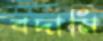
বদামি